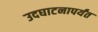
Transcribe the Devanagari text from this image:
उदघाटनापर्यंत